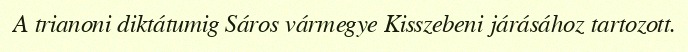
A trianoni diktátumig Sáros vármegye Kisszebeni járásához tartozott.